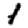
Digit: 1